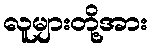
လူများတို့အား